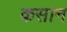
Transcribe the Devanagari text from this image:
कसान